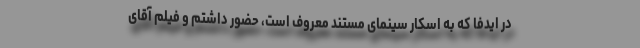
در ایدفا که به اسکار سینمای مستند معروف است، حضور داشتم و فیلم آقای